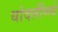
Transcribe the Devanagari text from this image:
धांदलींमधे